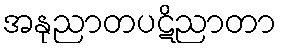
အနုညာတပဋိညာတာ